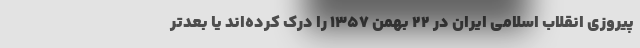
پیروزی انقلاب اسلامی ایران در ۲۲ بهمن ۱۳۵۷ را درک کرده‌اند یا بعد‌تر